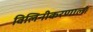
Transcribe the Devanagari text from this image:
विलिनीकरणाला